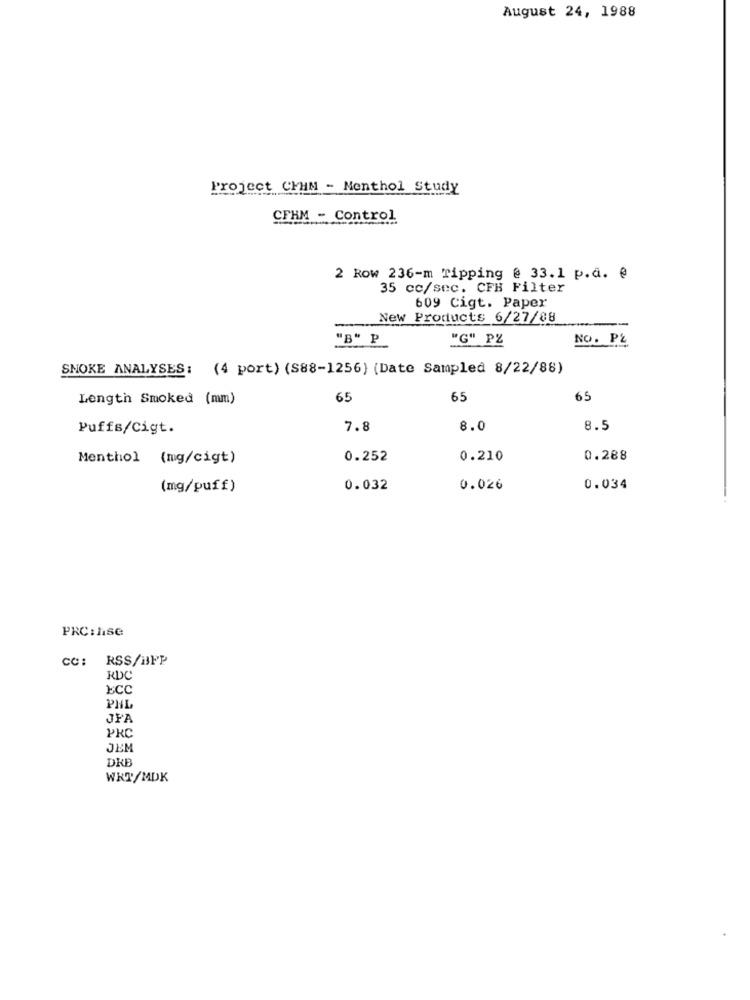
August 24, 1988
Project CHHN - Menthol Study
CFHM - Control
2 Row 236-m ripping @ 33.1 p.a. @
35 cc/sec. CFH Filter
609 Cigt. Paper
New Products 6/27/88
"B" P
"G" PZ
NO. PŁ
SNOKE ANALYSES: (4 port) (S88-1256) (Date Sampled 8/22/88)
Length Smoked (mm)
65
65
65
Puffs/Cigt.
7.8
8.0
8.5
Menthol (mg/cigt)
0.252
0.210
0.288
(mg/puff)
0.032
0.026
0.034
PRC : lise
CC: RSS/BFP
RDC
ECC
PHL
JFA
PRC
JEM
DKB
WRT/MDK